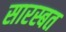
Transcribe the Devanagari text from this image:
सारस्बत